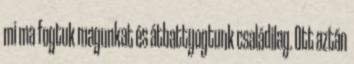
mi ma fogtuk magunkat és átbattyogtunk családilag. Ott aztán